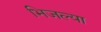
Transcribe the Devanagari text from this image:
भिजल्या